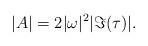
LaTeX: \begin{align*}|A| = 2|\omega|^2|\Im(\tau)|. \end{align*}